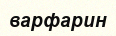
варфарин